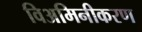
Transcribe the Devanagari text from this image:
विअमिनीकरण